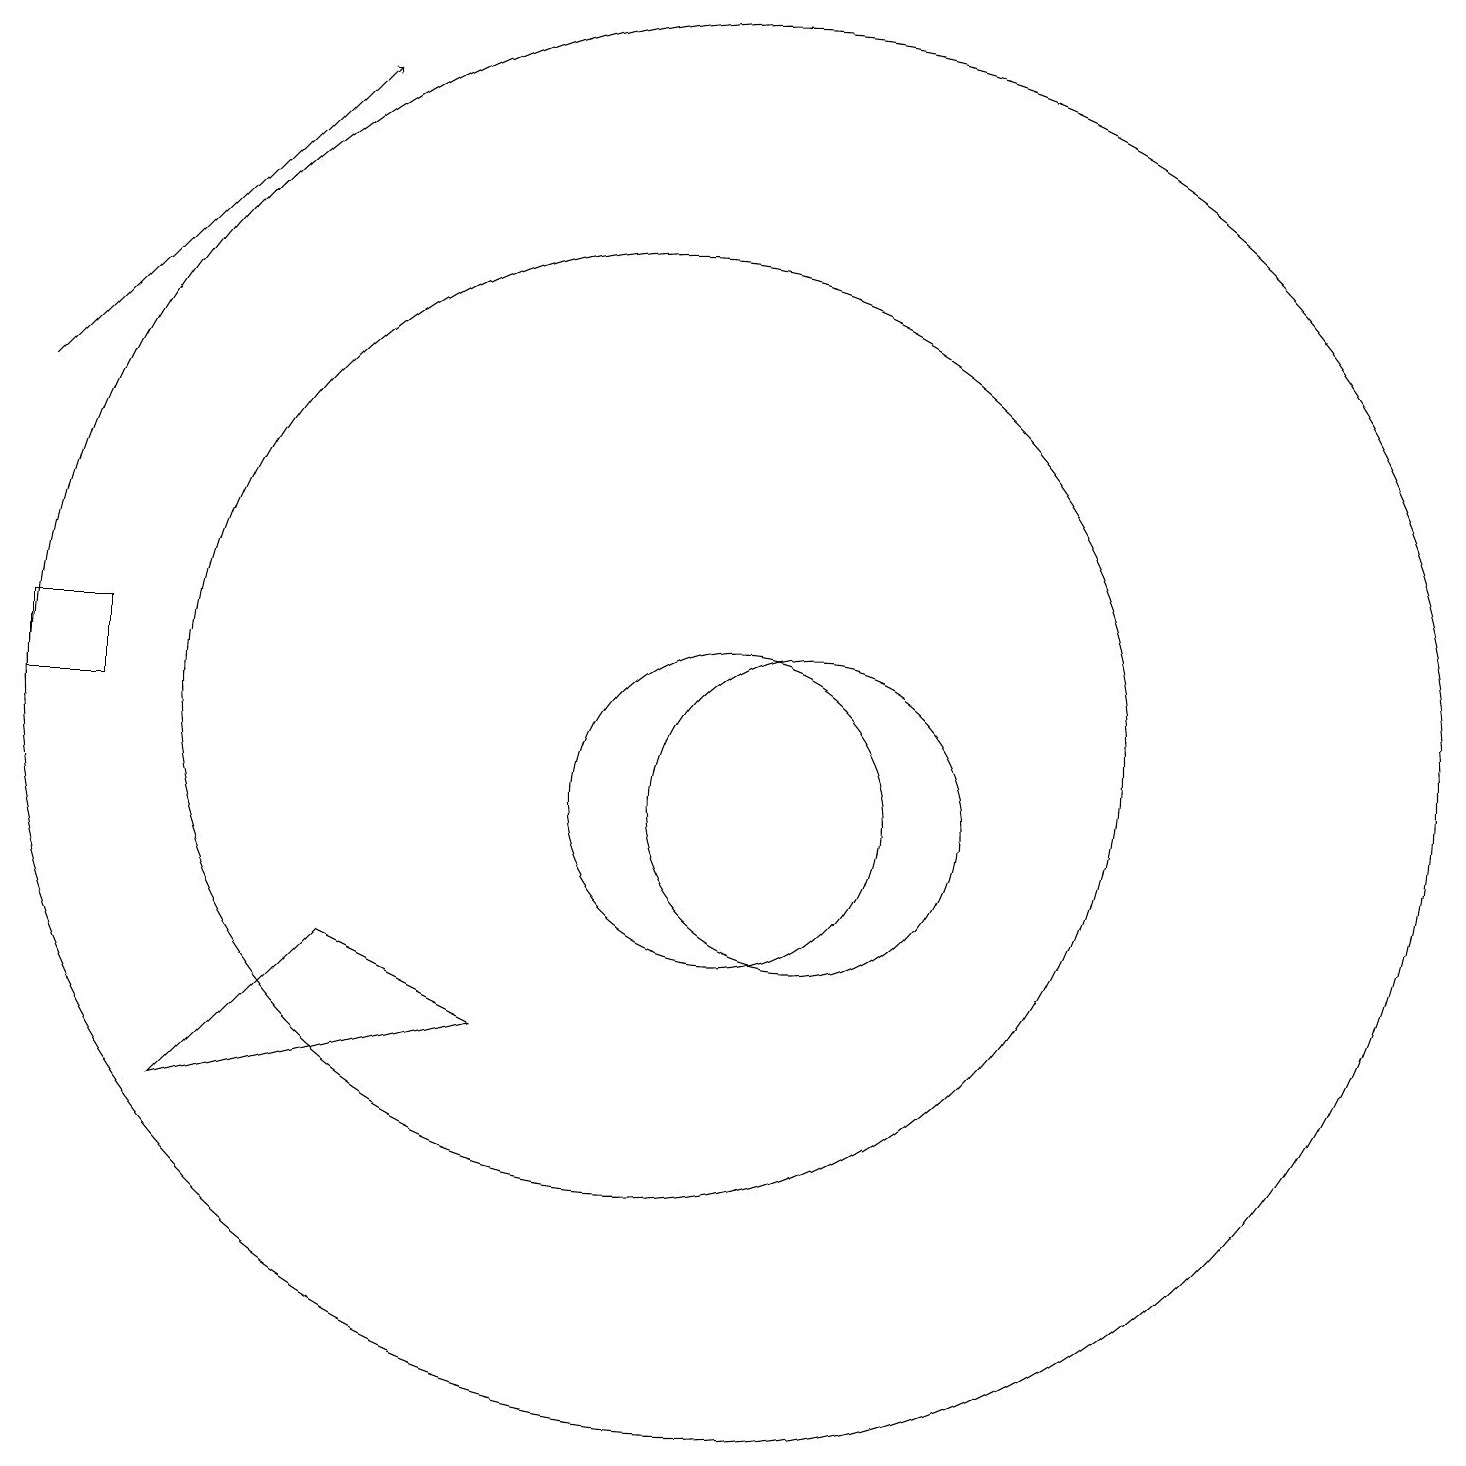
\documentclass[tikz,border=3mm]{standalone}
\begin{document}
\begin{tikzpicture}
\draw (11,11) circle (9);
\draw (10,11) circle (6);
\draw (11,10) circle (2);
\draw[->] (2,15) -- (6,19);
\draw (12,10) circle (2);
\draw (3,11) rectangle (2,12);
\draw (8,7) -- (6,8) -- (4,6) -- cycle;
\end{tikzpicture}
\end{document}